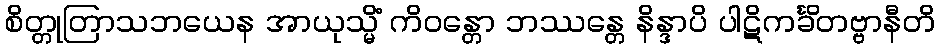
စိတ္တုတြာသဘယေန အာယုသ္မိံ ကိဝန္တော ဘဿန္တေ နိန္ဒာပိ ပါဋိကင်္ခိတဗ္ဗာနီတိ